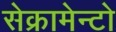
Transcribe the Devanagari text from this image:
सेक्रामेन्टो